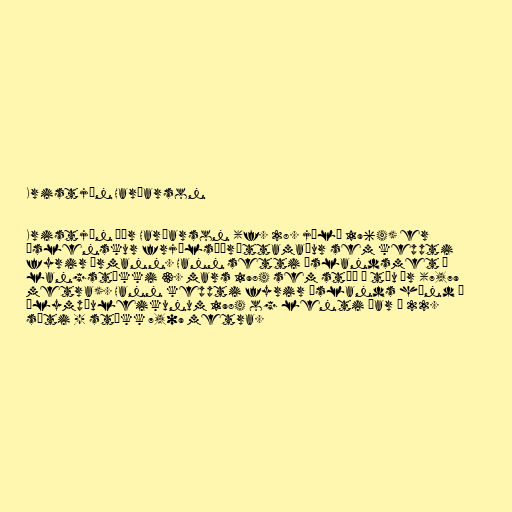
Kristján Harðarson

Kristján Þór Harðarson (f. 28. júlí 1964) er
íslenskur frjálsíþróttamaður sem keppti
fyrir Ármann. Hann setti íslandsmet í
langstökki 3. mars 1984 sem stóð í tíu ár (7,79
metra). Hann keppti fyrir Íslands hönd á
Ólympíuleikunum 1984 og lenti þar í 22.
sæti - stökk 7,09 metra.